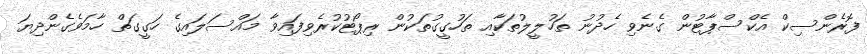
ފޮރެންސިކް އެކްސްޕާޓުން ގެނެވި ހެދުނު ތަހުލީލުތަކާއި ތަހުގީގުތަކުން ރިޕޯޓުކުރެވިފައިވާ މައްސަލައިގެ ހަގީގަތް ހާމަވެގެންދިޔަ